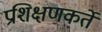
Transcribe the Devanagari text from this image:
प्रशिक्षणकर्ते